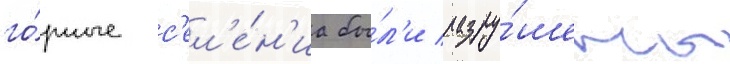
го́рные с'ел'е́н'иа бы́л'и разру́шены